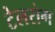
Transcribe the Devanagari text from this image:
टेलरोग